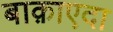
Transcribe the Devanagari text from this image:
बाक़ाएदा